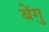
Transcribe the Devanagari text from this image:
बेंगु